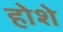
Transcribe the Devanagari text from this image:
होशे